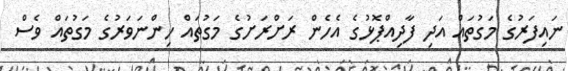
ނައިފަރުގެ މަގުތައް އަދި ފާދިއްޕޮޅުގެ އެހެން ރަށްރަށުގެ މަގުތައް ހިންނަވަރުގެ މަގުތައް ވެސް